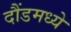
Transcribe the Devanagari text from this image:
दौंडमध्ये